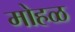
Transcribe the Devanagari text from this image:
मोहळ